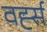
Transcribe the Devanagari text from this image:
वर्ह्स